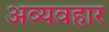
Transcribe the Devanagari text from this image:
अव्यवहार